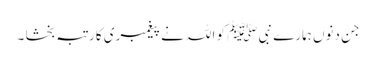
جن دنوں ہمارے نبی ﷺ کو اللہ نے پیغمبری کا رتبہ بخشا ۔